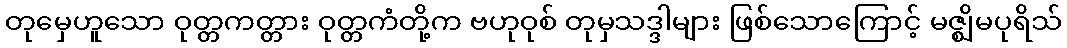
တုမှေဟူသော ဝုတ္တကတ္တား ဝုတ္တကံတို့က ဗဟုဝုစ် တုမှသဒ္ဒါများ ဖြစ်သောကြောင့် မဇ္ဈိမပုရိသ်